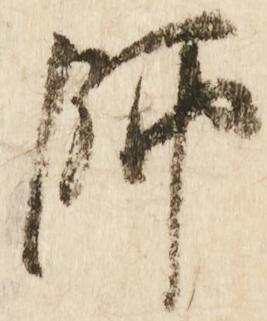
師